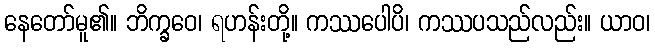
နေတော်မူ၏။ ဘိက္ခဝေ၊ ရဟန်းတို့။ ကဿပေါပိ၊ ကဿပသည်လည်း။ ယာဝ၊